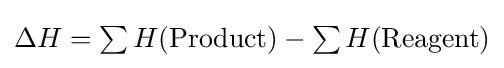
{\textstyle \Delta H=\sum H({\text{Product}})-\sum H({\text{Reagent}})}